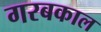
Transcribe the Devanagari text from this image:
गरबकाल